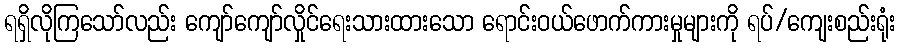
ရရှိလိုကြသော်လည်း ကျော်ကျော်လှိုင်ရေးသားထားသော ရောင်းဝယ်ဖောက်ကားမှုများကို ရပ်/ကျေးစည်းရုံး